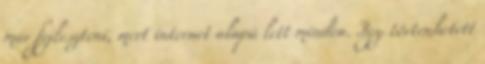
már fejleszteni, mert internet alapú lett minden. Így történhetett